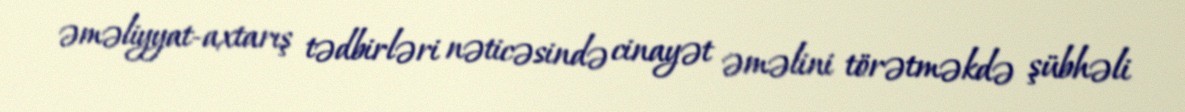
əməliyyat-axtarış tədbirləri nəticəsində cinayət əməlini törətməkdə şübhəli